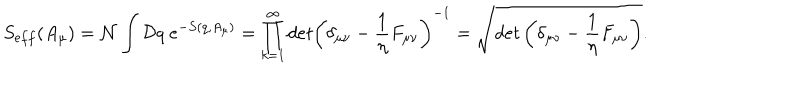
LaTeX: S _ { e f f } ( A _ { \mu } ) = { \cal N } \int { \cal D } q ~ e ^ { - S ( q , A _ { \mu } ) } = \prod _ { k = 1 } ^ { \infty } d e t \left( \delta _ { \mu \nu } - \frac { 1 } { \eta } F _ { \mu \nu } \right) ^ { - 1 } = \sqrt { d e t \left( \delta _ { \mu \nu } - \frac { 1 } { \eta } F _ { \mu \nu } \right) } .